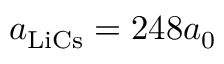
a _ { \mathrm { { L i C s } } } = 2 4 8 a _ { 0 }